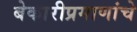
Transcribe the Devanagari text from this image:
बेकारीप्रमाणांचे